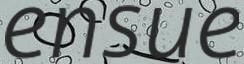
ensue